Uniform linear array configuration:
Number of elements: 12
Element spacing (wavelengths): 0.25
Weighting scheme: hann
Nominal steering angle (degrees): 30
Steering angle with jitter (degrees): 31.839
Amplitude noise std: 0.05
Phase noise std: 0.05

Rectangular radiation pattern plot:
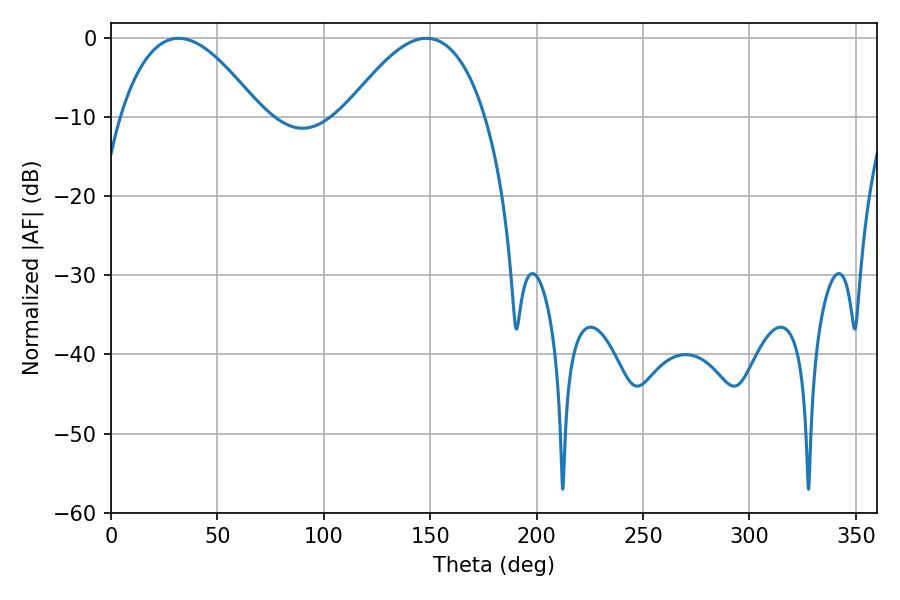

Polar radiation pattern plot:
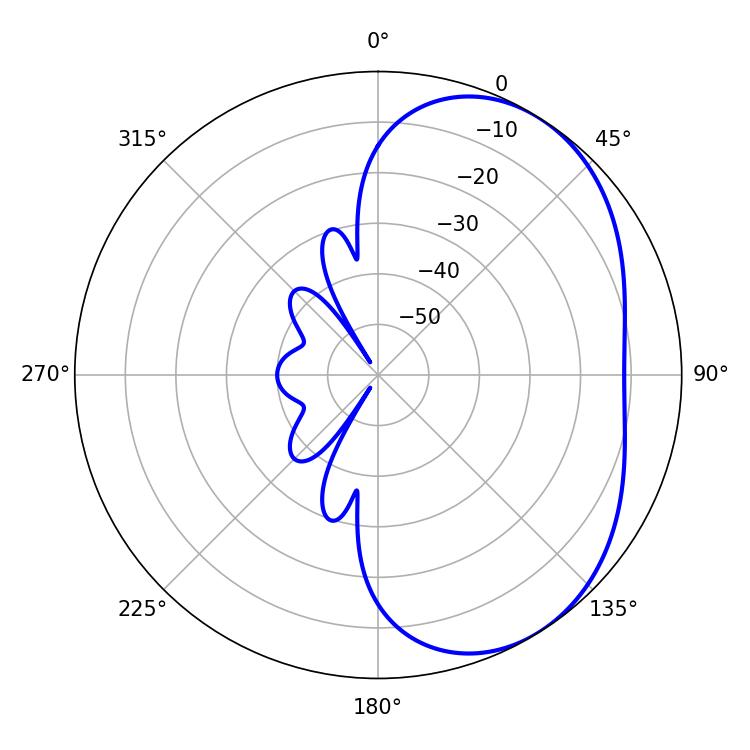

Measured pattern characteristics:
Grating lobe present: FALSE
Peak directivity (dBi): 3.986
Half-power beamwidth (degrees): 36
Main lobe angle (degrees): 31.86